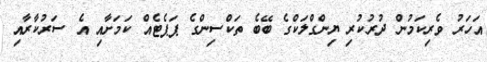
އަހަރު ވެރިކަމުން ދުރުކުރި ޔިންގްލަކްގެ ބޭބެ ތަކްސިންގެ ޕަޕެޓެއް ކަމަށާއި އެ ސަރުކާރާއި